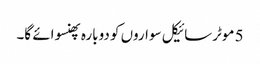
5 موٹرسائیکل سواروں کو دوبارہ پھنسوائے گا۔